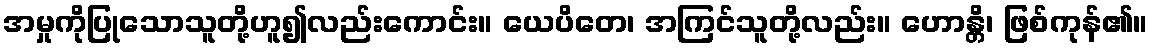
အမှုကိုပြုသောသူတို့ဟူ၍လည်းကောင်း။ ယေပိတေ၊ အကြင်သူတို့လည်း။ ဟောန္တိ၊ ဖြစ်ကုန်၏။